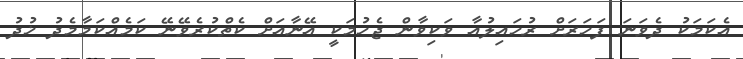
އެކަމަކު ދެވަނަ ފަހަރަށް ރުހައިލުއާ ވަކިވާން ޖެހުމަކީ އޭނާއަށް ކެތްކުރެވޭނޭ ކަމެއްކަމާމެދު ޚުދު